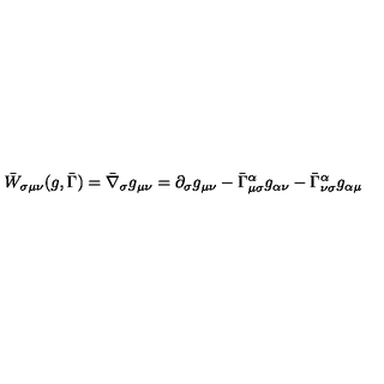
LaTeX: \bar { W } _ { \sigma \mu \nu } ( g , \bar { \Gamma } ) = \bar { \nabla } _ { \sigma } g _ { \mu \nu } = \partial _ { \sigma } g _ { \mu \nu } - \bar { \Gamma } _ { \mu \sigma } ^ { \alpha } g _ { \alpha \nu } - \bar { \Gamma } _ { \nu \sigma } ^ { \alpha } g _ { \alpha \mu }